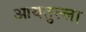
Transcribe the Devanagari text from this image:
आयतुल्ला